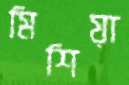
মিশিয়া